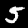
Label: 5